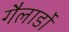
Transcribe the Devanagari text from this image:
गैलार्डो